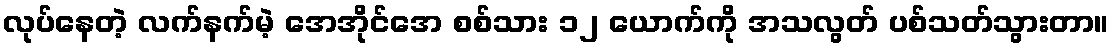
လုပ်နေတဲ့ လက်နက်မဲ့ အေအိုင်အေ စစ်သား ၁၂ ယောက်ကို အသလွတ် ပစ်သတ်သွားတာ။